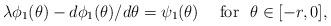
LaTeX: \begin{align*}\lambda \phi_1(\theta) -{d\phi_1(\theta)}/{d\theta}= \psi_1(\theta)\hskip 15pt \hbox{for}\,\,\,\,\theta\in [-r, 0],\end{align*}